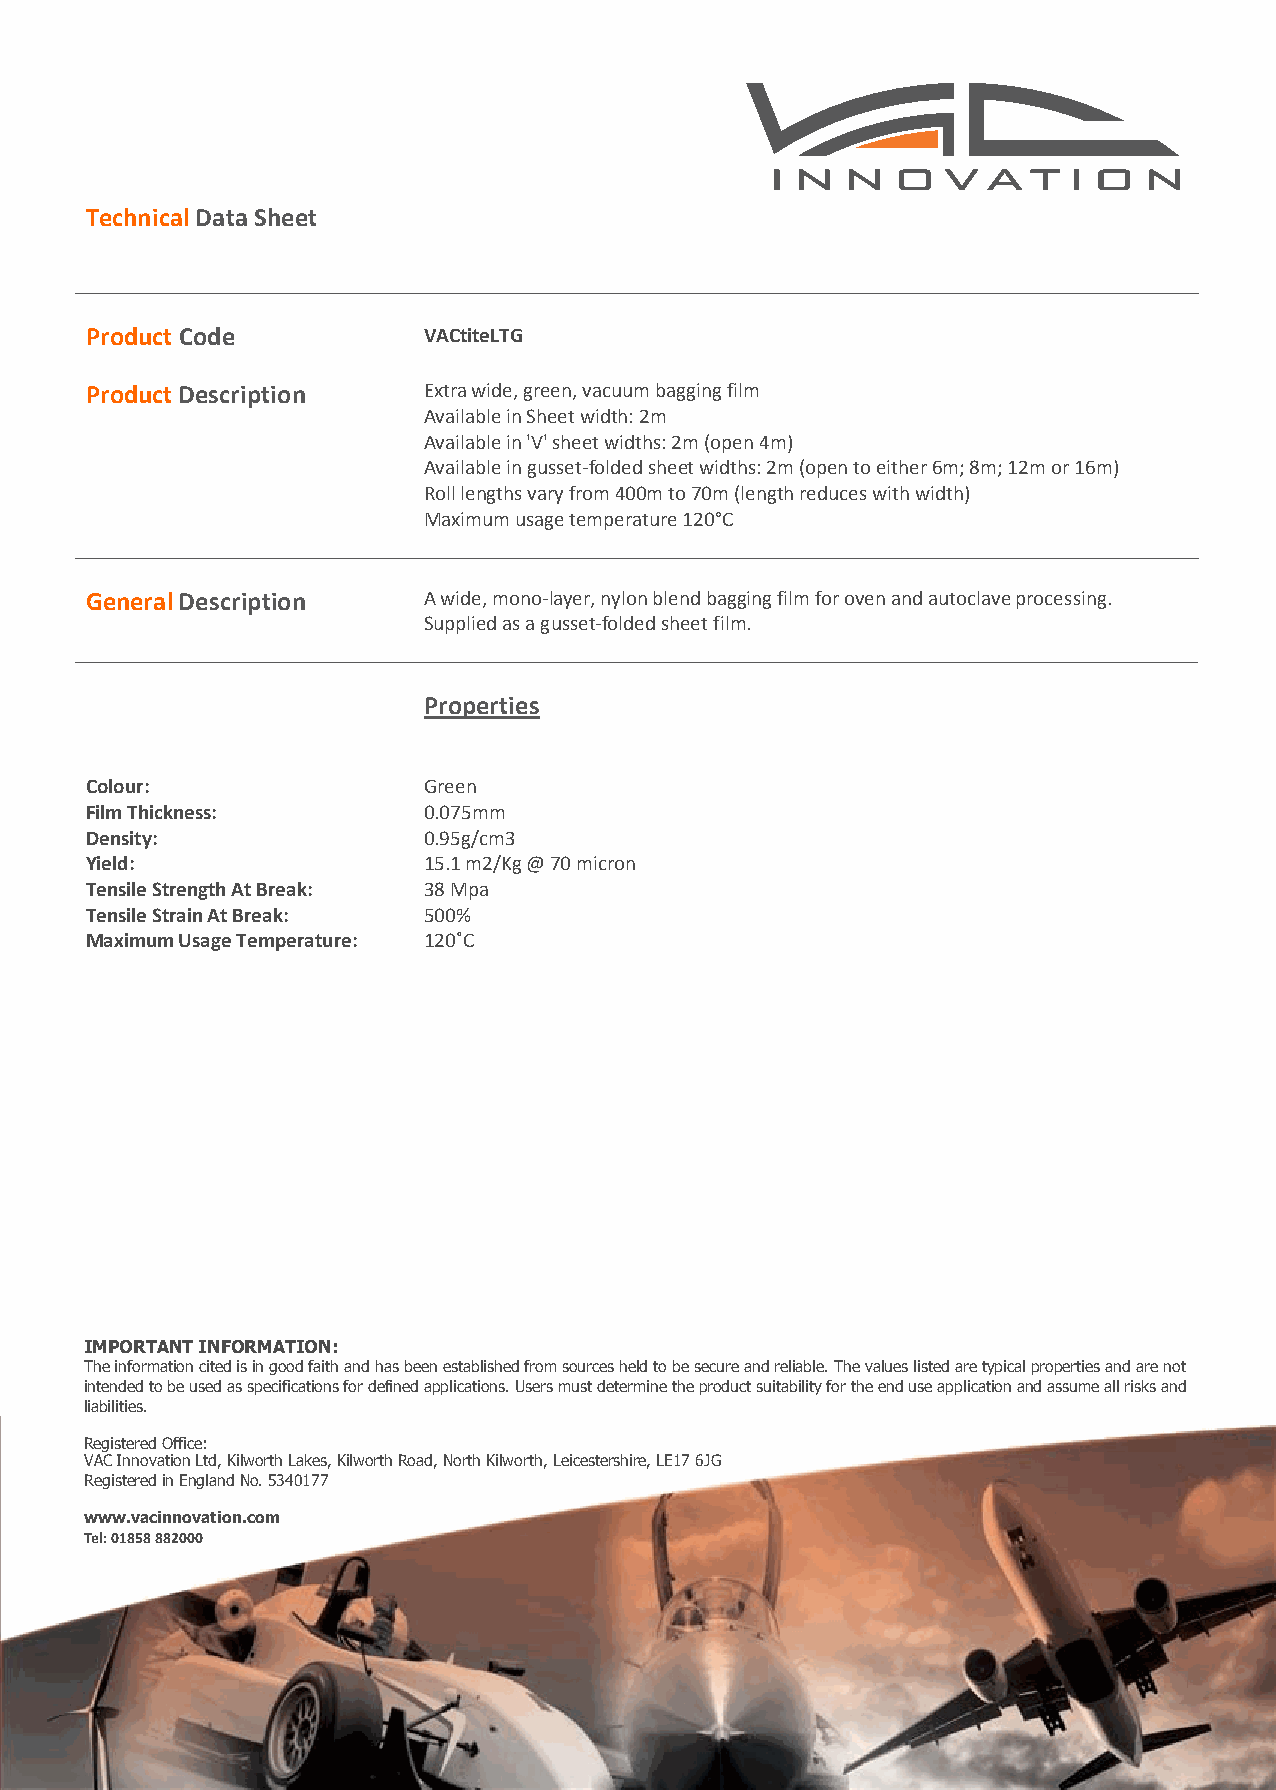
Technical Data Sheet
 Product Code          VACtiteLTG
 Product Description   Extra wide, green, vacuum bagging film
 Available in Sheet width: 2m
 Available in 'V' sheet widths: 2m (open 4m)
 Available in gusset-folded sheet widths: 2m (open to either 6m; 8m; 12m or 16m)
 Roll lengths vary from 400m to 70m (length reduces with width)
 Maximum usage temperature 120°C
 General Description   A wide, mono-layer, nylon blend bagging film for oven and autoclave processing.
 Supplied as a gusset-folded sheet film.
 Properties
 Colour:               Green
 Film Thickness:       0.075mm
 Density:              0.95g/cm3
 Yield:                15.1 m2/Kg @ 70 micron
 Tensile Strength At Break: 38 Mpa
 Tensile Strain At Break: 500%
 Maximum Usage Temperature: 120˚C
 IMPORTANT INFORMATION:
 The information cited is in good faith and has been established from sources held to be secure and reliable. The values listed are typical properties and are not intended to be
 used as specifications for defined applications. Users must determine the product suitability for the end use application and assume all risks and liabilities.
 Registered Office:
 IVMACP InOnRovTatAioNn TLt dI,N KiFlwOoRrthM LAakTesI,O KiNlw:o rth Road, North Kilworth, Leicestershire, LE17 6JG
 TRhegei sitnefroerdm ina tEionngl acnitde Nd ois. 5i3n4 g0o17o7d faith and has been established from sources held to be secure and reliable. The values listed are typical properties and are not
 i ntended to be used as specifications for defined applications. Users must determine the product suitability for the end use application and assume all risks and
 lwiawbiwlit.vieasc.i n n o vation.com
 Tel: 01858 882000
 R egistered Office:
 V AC Innovation Ltd, Kilworth Lakes, Kilworth Road, North Kilworth, Leicestershire, LE17 6JG
 R egistered in England No. 5340177
 w ww.vacinnovation.com
 T el: 01858 882000